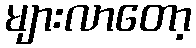
များလာတော့